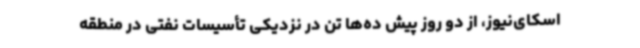
اسکای‌نیوز، از دو روز پیش ده‌ها تن در نزدیکی تأسیسات نفتی در منطقه